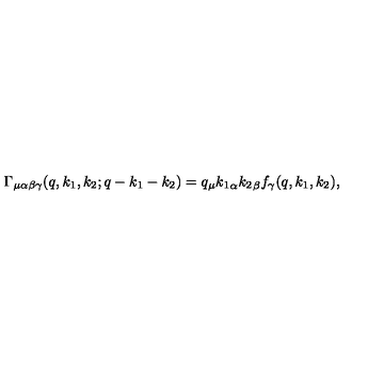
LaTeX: \Gamma _ { \mu \alpha \beta \gamma } ( q , k _ { 1 } , k _ { 2 } ; q - k _ { 1 } - k _ { 2 } ) = q _ { \mu } { k _ { 1 } } _ { \alpha } { k _ { 2 } } _ { \beta } f _ { \gamma } ( q , k _ { 1 } , k _ { 2 } ) ,